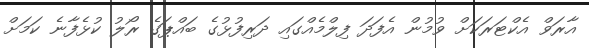
އާރަވް އެކްޓަރަކަށް ވުމުން އެފަދަ ފިލްމެއްގައި ދަރިފުޅުގެ ބައްޕަގެ ރޯލު ކުޅެފާނެ ކަމަށް